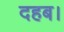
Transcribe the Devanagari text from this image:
दहब।